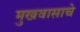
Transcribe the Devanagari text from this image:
मुखवासाचे